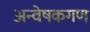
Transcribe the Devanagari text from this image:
अन्वेषकगण